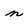
Character: n